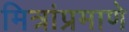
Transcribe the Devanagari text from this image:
मित्रांप्रमाणे